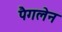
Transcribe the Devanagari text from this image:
पैगलेन